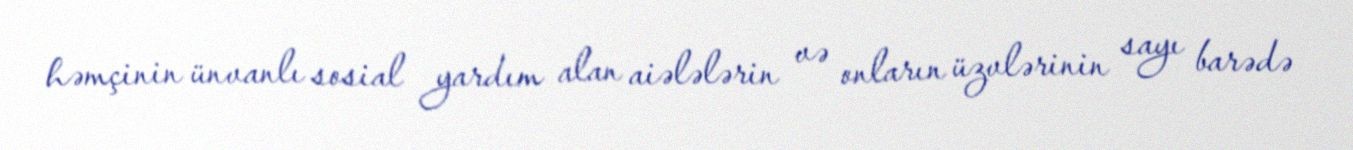
həmçinin ünvanlı sosial yardım alan aiələlərin və onların üzvlərinin sayı barədə